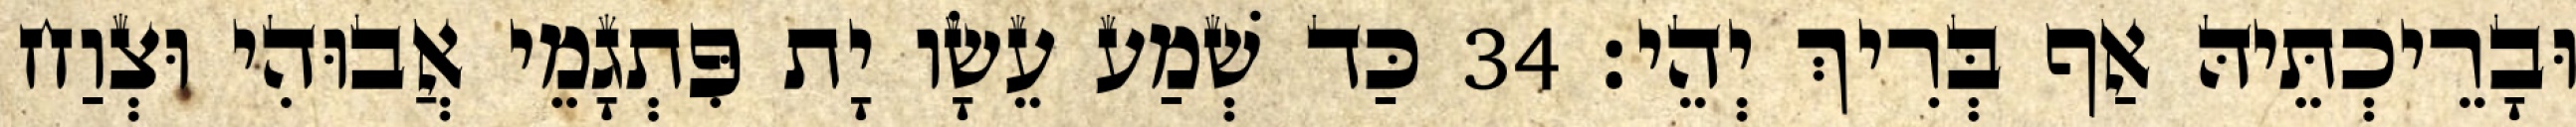
וּבָרֵיכְתֵּיהּ אַף בְּרִיךְ יְהֵי׃ 34 כַּד שְׁמַע עֵשָׂו יָת פִּתְגָמֵי אֲבוּהִי וּצְוַח